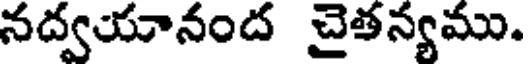
నద్వయానంద చైతన్యము.